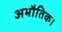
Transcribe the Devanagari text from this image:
अभौतिक।